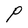
Character: P